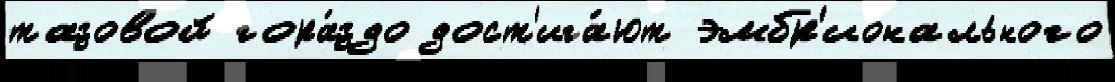
тазовой гора́здо дост'ига́ют эмбр'ионального